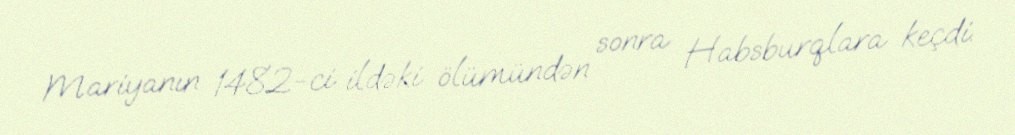
Mariyanın 1482-ci ildəki ölümündən sonra Habsburqlara keçdi.